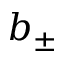
b _ { \pm }